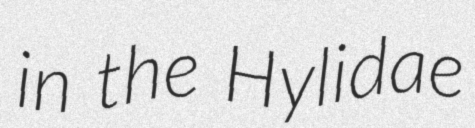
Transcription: in the Hylidae